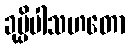
ခုပ္ပိပါသဟတော